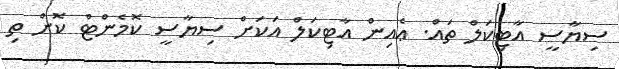
ސިޔާސީ އާޓިކަލް ތައް. ޢެއިން އާޓިކަލް އަކަށް ސިޔާސީ ކޮމެންޓް ކޮށް ތި